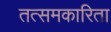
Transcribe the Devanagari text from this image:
तत्समकारिता